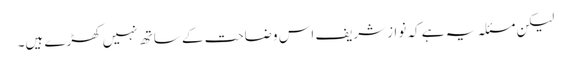
لیکن مسئلہ یہ ہے کہ نوازشریف اس وضاحت کے ساتھ نہیں کھڑے ہیں۔